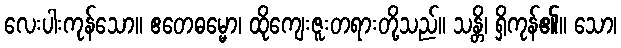
လေးပါးကုန်သော။ ဧတေဓမ္မော၊ ထိုကျေးဇူးတရားတို့သည်။ သန္တိ၊ ရှိကုန်၏။ သော၊